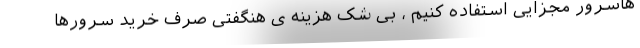
هاسرور مجزایی استفاده کنیم ، بی شک هزینه ی هنگفتی صرف خرید سرورها